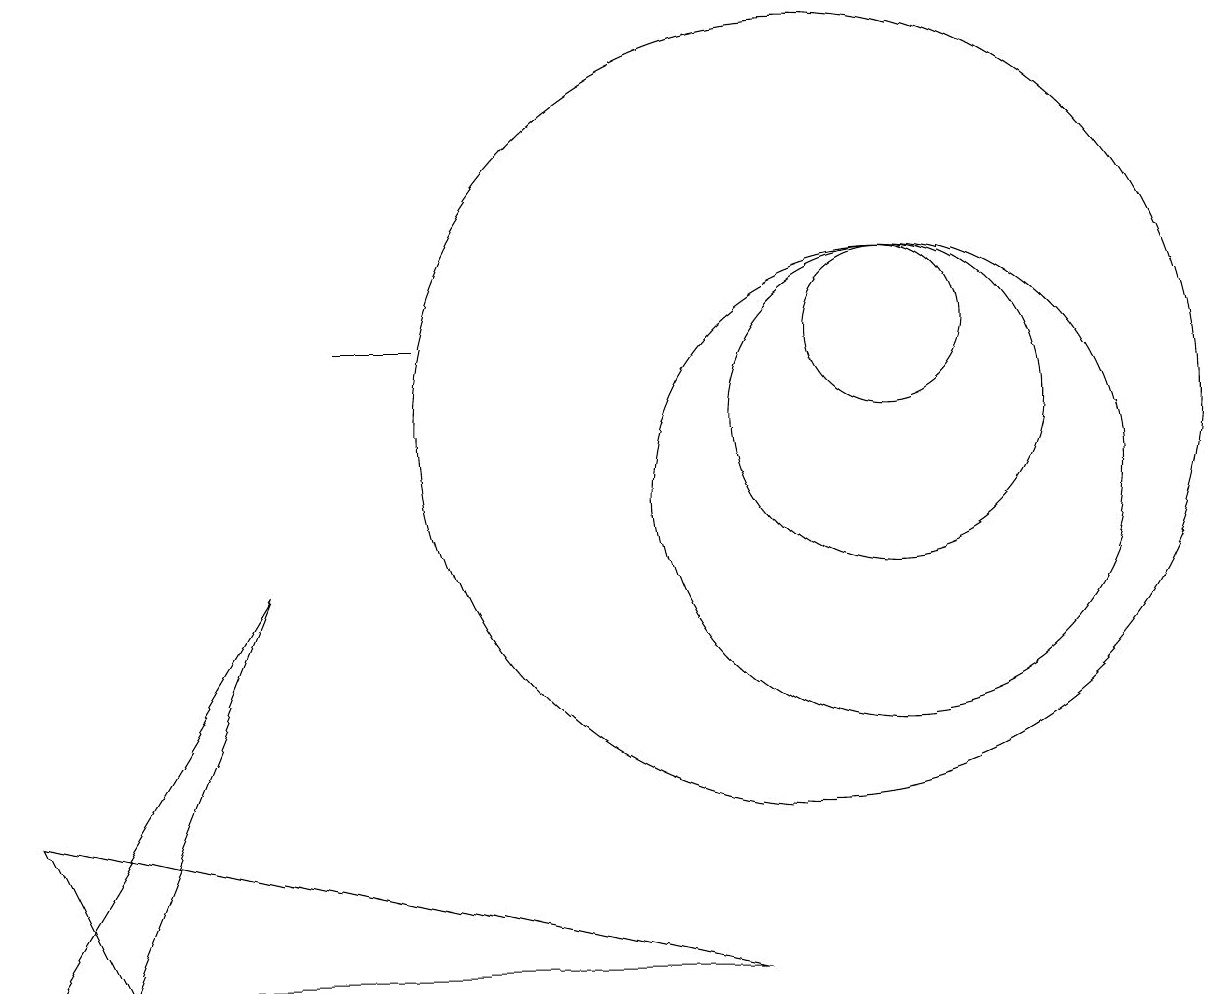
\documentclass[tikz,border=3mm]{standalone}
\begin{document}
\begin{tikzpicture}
\draw (10,11) circle (5);
\draw (3,9) -- (1,4) -- (0,4) -- cycle;
\draw (11,11) circle (2);
\draw (11,12) circle (1);
\draw (5,12) rectangle (4,12);
\draw (9,4) -- (1,4) -- (0,6) -- cycle;
\draw (11,10) circle (3);
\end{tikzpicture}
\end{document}